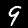
Digit: 9